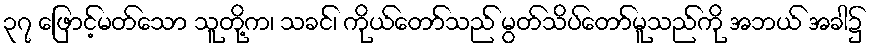
၃၇ ဖြောင့်မတ်သော သူတို့က၊ သခင်၊ ကိုယ်တော်သည် မွတ်သိပ်တော်မူသည်ကို အဘယ် အခါ၌